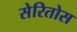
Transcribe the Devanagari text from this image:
सेरितोस